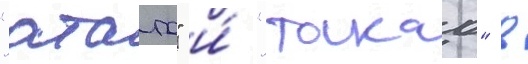
"атаго" и́ "такао" в